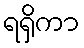
ရရှိကာ